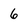
Character: 6